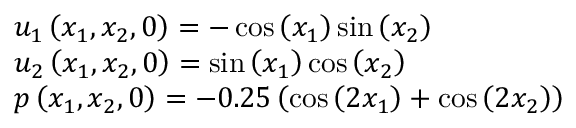
\begin{array} { r l } & { u _ { 1 } \left( x _ { 1 } , x _ { 2 } , 0 \right) = - \cos \left( x _ { 1 } \right) \sin \left( x _ { 2 } \right) } \\ & { u _ { 2 } \left( x _ { 1 } , x _ { 2 } , 0 \right) = \sin \left( x _ { 1 } \right) \cos \left( x _ { 2 } \right) } \\ & { p \left( x _ { 1 } , x _ { 2 } , 0 \right) = - 0 . 2 5 \left( \cos \left( 2 x _ { 1 } \right) + \cos \left( 2 x _ { 2 } \right) \right) } \end{array}